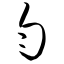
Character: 匀